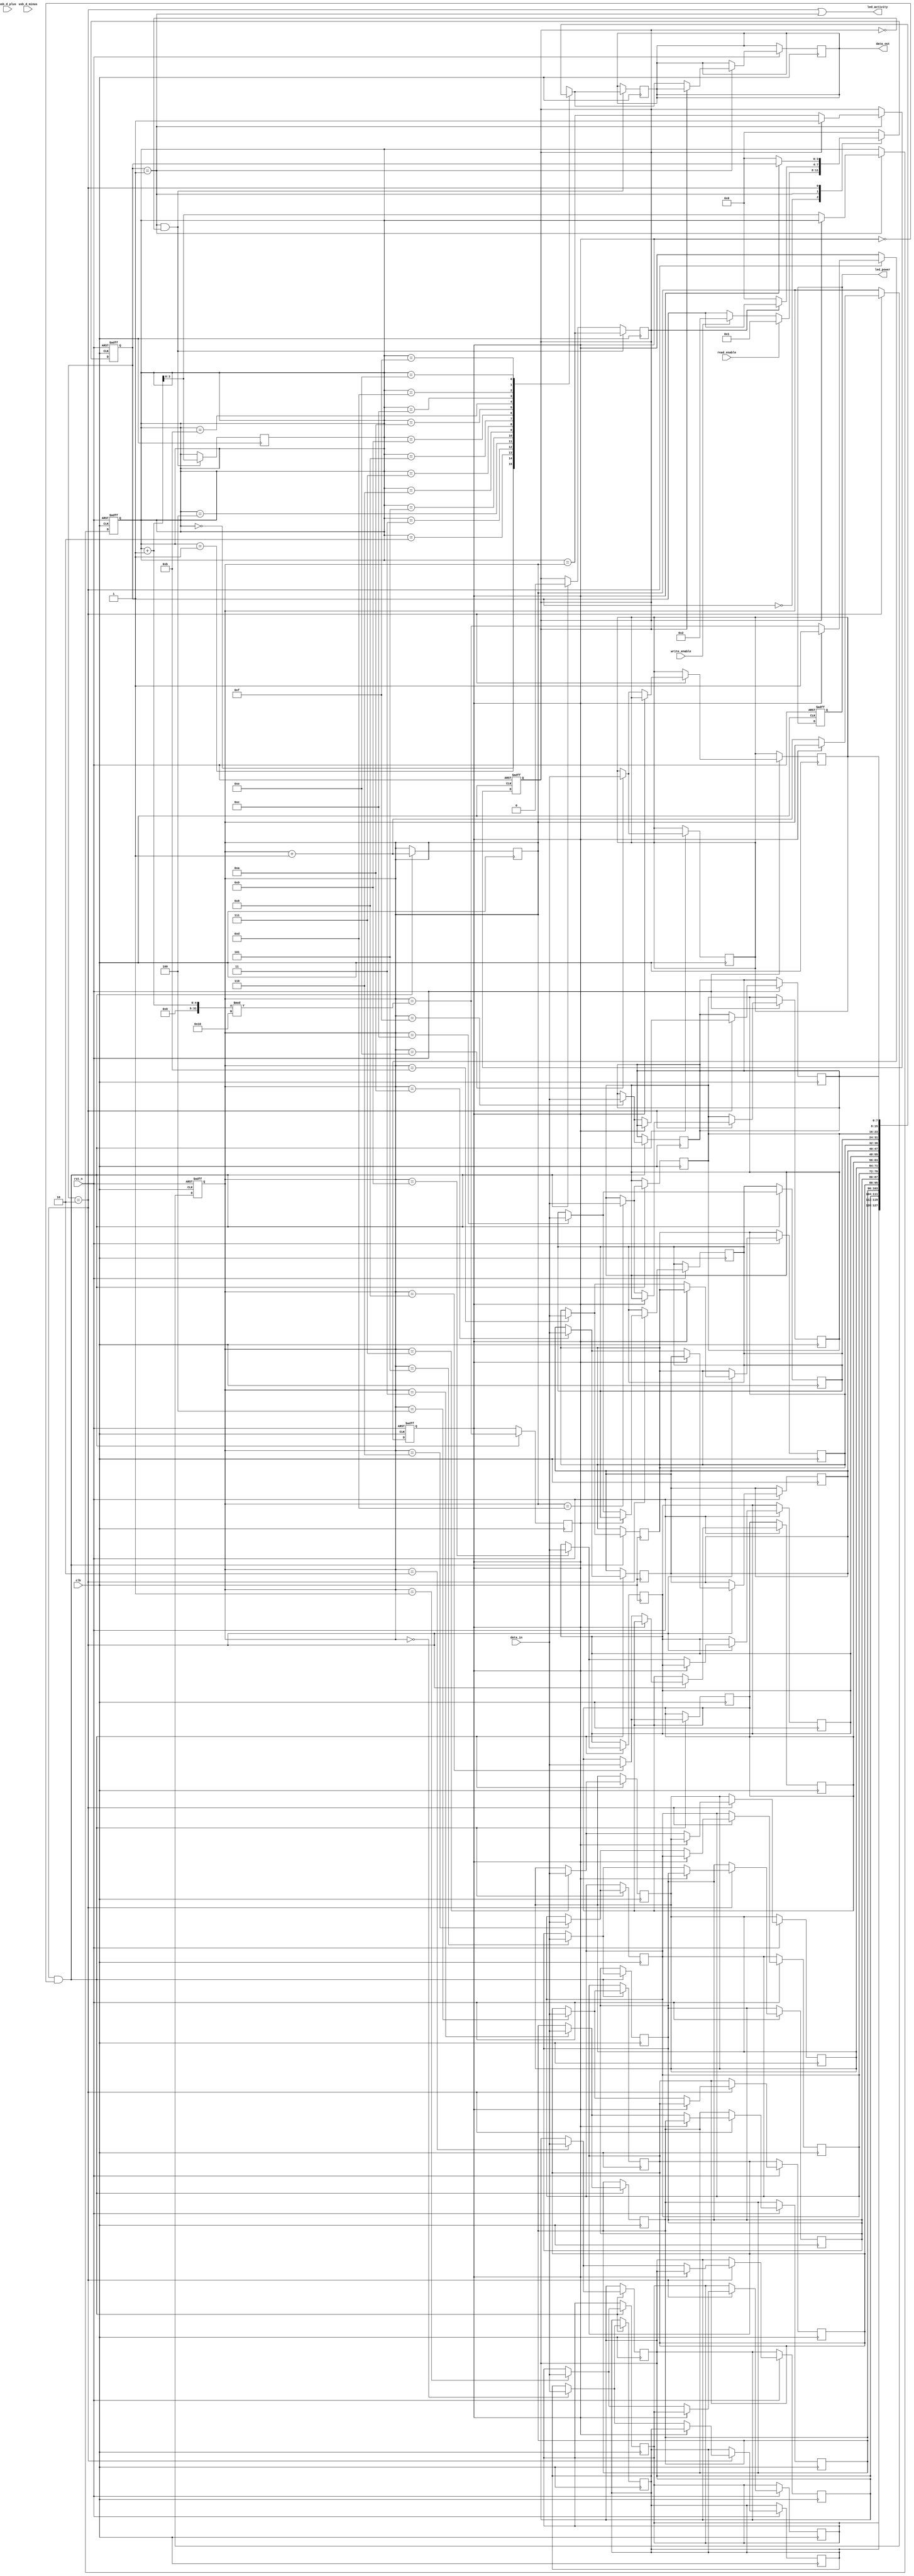
module usb_flash_drive (
    input wire clk,
    input wire rst_n,
    input wire usb_d_plus,
    input wire usb_d_minus,
    output wire led_power,
    output wire led_activity,
    output wire [7:0] data_out,
    input wire [7:0] data_in,
    input wire read_enable,
    input wire write_enable
);

// USB Interface Block
reg [7:0] usb_data;
reg usb_ready;

// Control Logic
reg [3:0] state;
localparam IDLE = 4'b0000,
           READ = 4'b0001,
           WRITE = 4'b0010,
           GET_DESCRIPTOR = 4'b0011,
           SET_CONFIGURATION = 4'b0100;

// Data I/O Block
reg [7:0] fifo [0:15]; // FIFO buffer
reg [3:0] fifo_head, fifo_tail;
reg fifo_full, fifo_empty;

// Memory Management Unit (MMU)
reg [7:0] flash_memory [0:255]; // Simulated flash memory
reg [7:0] current_address;

// Power Management
reg power_on;

// Status Indicators
assign led_power = power_on;
assign led_activity = (state == WRITE || state == READ);

// Initialize
always @(posedge clk or negedge rst_n) begin
    if (!rst_n) begin
        state <= IDLE;
        fifo_head <= 0;
        fifo_tail <= 0;
        fifo_full <= 0;
        fifo_empty <= 1;
        power_on <= 1;
        current_address <= 0;
    end else begin
        case (state)
            IDLE: begin
                if (read_enable) begin
                    state <= READ;
                end else if (write_enable) begin
                    state <= WRITE;
                end
            end
            
            READ: begin
                if (!fifo_empty) begin
                    usb_data <= fifo[fifo_tail];
                    fifo_tail <= fifo_tail + 1;
                    fifo_empty <= (fifo_tail == fifo_head);
                    state <= IDLE;
                end
            end
            
            WRITE: begin
                if (!fifo_full) begin
                    fifo[fifo_head] <= data_in;
                    fifo_head <= fifo_head + 1;
                    fifo_full <= (fifo_head == (fifo_tail + 1) % 16);
                    state <= IDLE;
                end
            end
            
            // Additional states for GET_DESCRIPTOR and SET_CONFIGURATION can be added here
            
            default: state <= IDLE;
        endcase
    end
end

// Data Output
assign data_out = usb_data;

// FIFO Management
always @(posedge clk) begin
    if (state == WRITE && !fifo_full) begin
        fifo[fifo_head] <= data_in;
        fifo_head <= fifo_head + 1;
        fifo_full <= (fifo_head == (fifo_tail + 1) % 16);
        fifo_empty <= 0;
    end
    
    if (state == READ && !fifo_empty) begin
        usb_data <= fifo[fifo_tail];
        fifo_tail <= fifo_tail + 1;
        fifo_empty <= (fifo_tail == fifo_head);
    end
end

endmodule